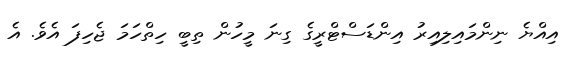
އިއްޔެ ނިންމައިލިއިރު އިންޑަސްޓްރީގެ ގިނަ މީހުން ތިބީ ހިތްހަމަ ޖެހިފަ އެވެ. އެ